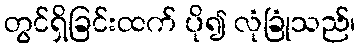
တွင်ရှိခြင်းထက် ပို၍ လုံခြုံသည်၊